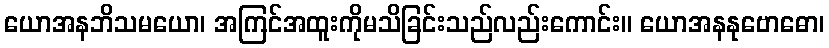
ယောအနဘိသမယော၊ အကြင်အထူးကိုမသိခြင်းသည်လည်းကောင်း။ ယောအနနုဗောဓော၊